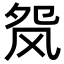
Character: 𬱺